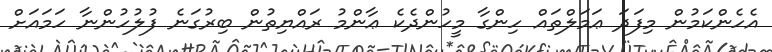
އެހެންކަމުން މިފަދަ ޢަމަލްތައް ހިންގާ މީހުންދެކެ ޢާންމު ރައްޔިތުން ބިރުގަނެ ފުލުހުންނާ ހަމައަށް